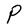
Character: P